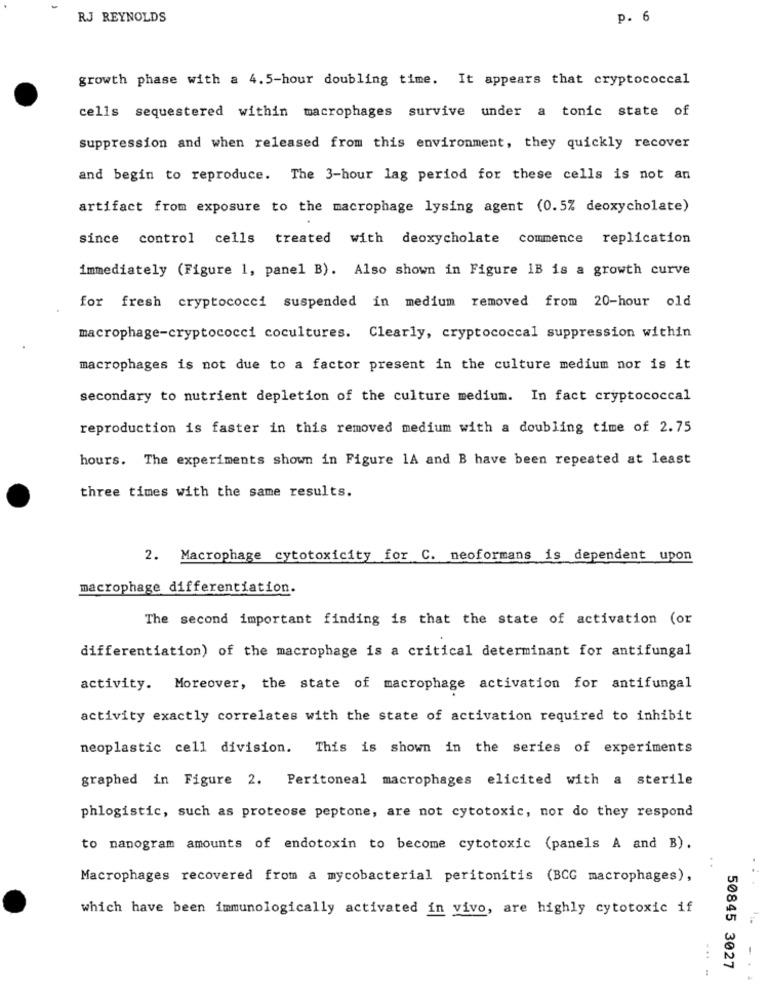
RJ REYNOLDS
p. 6
growth phase with a 4.5-hour doubling time. It appears that cryptococcal
cells sequestered within macrophages survive under a tonic state of
suppression and when released from this environment, they quickly recover
and begin to reproduce. The 3-hour lag period for these cells is not an
artifact from exposure to the macrophage lysing agent (0.5% deoxycholate)
since control cells treated with deoxycholate commence replication
immediately (Figure 1, panel B). Also shown in Figure IB is a growth curve
for fresh cryptococci suspended in medium removed from 20-hour old
macrophage-cryptococci cocultures. Clearly, cryptococcal suppression within
macrophages is not due to a factor present in the culture medium nor is it
secondary to nutrient depletion of the culture medium. In fact cryptococcal
reproduction is faster in this removed medium with a doubling time of 2.75
hours. The experiments shown in Figure 1A and B have been repeated at least
three times with the same results.
2. Macrophage cytotoxicity for C. neoformans is dependent upon
macrophage differentiation.
The second important finding is that the state of activation (or
differentiation) of the macrophage is a critical determinant for antifungal
activity. Moreover, the state of macrophage activation for antifungal
activity exactly correlates with the state of activation required to inhibit
neoplastic cell division. This is shown in the series of experiments
graphed in Figure 2. Peritoneal macrophages elicited with a sterile
phlogistic, such as proteose peptone, are not cytotoxic, nor do they respond
to nanogram amounts of endotoxin to become cytotoxic (panels A and B).
Macrophages recovered from a mycobacterial peritonitis (BCG macrophages),
which have been immunologically activated in vivo, are highly cytotoxic if
...
50845 3027